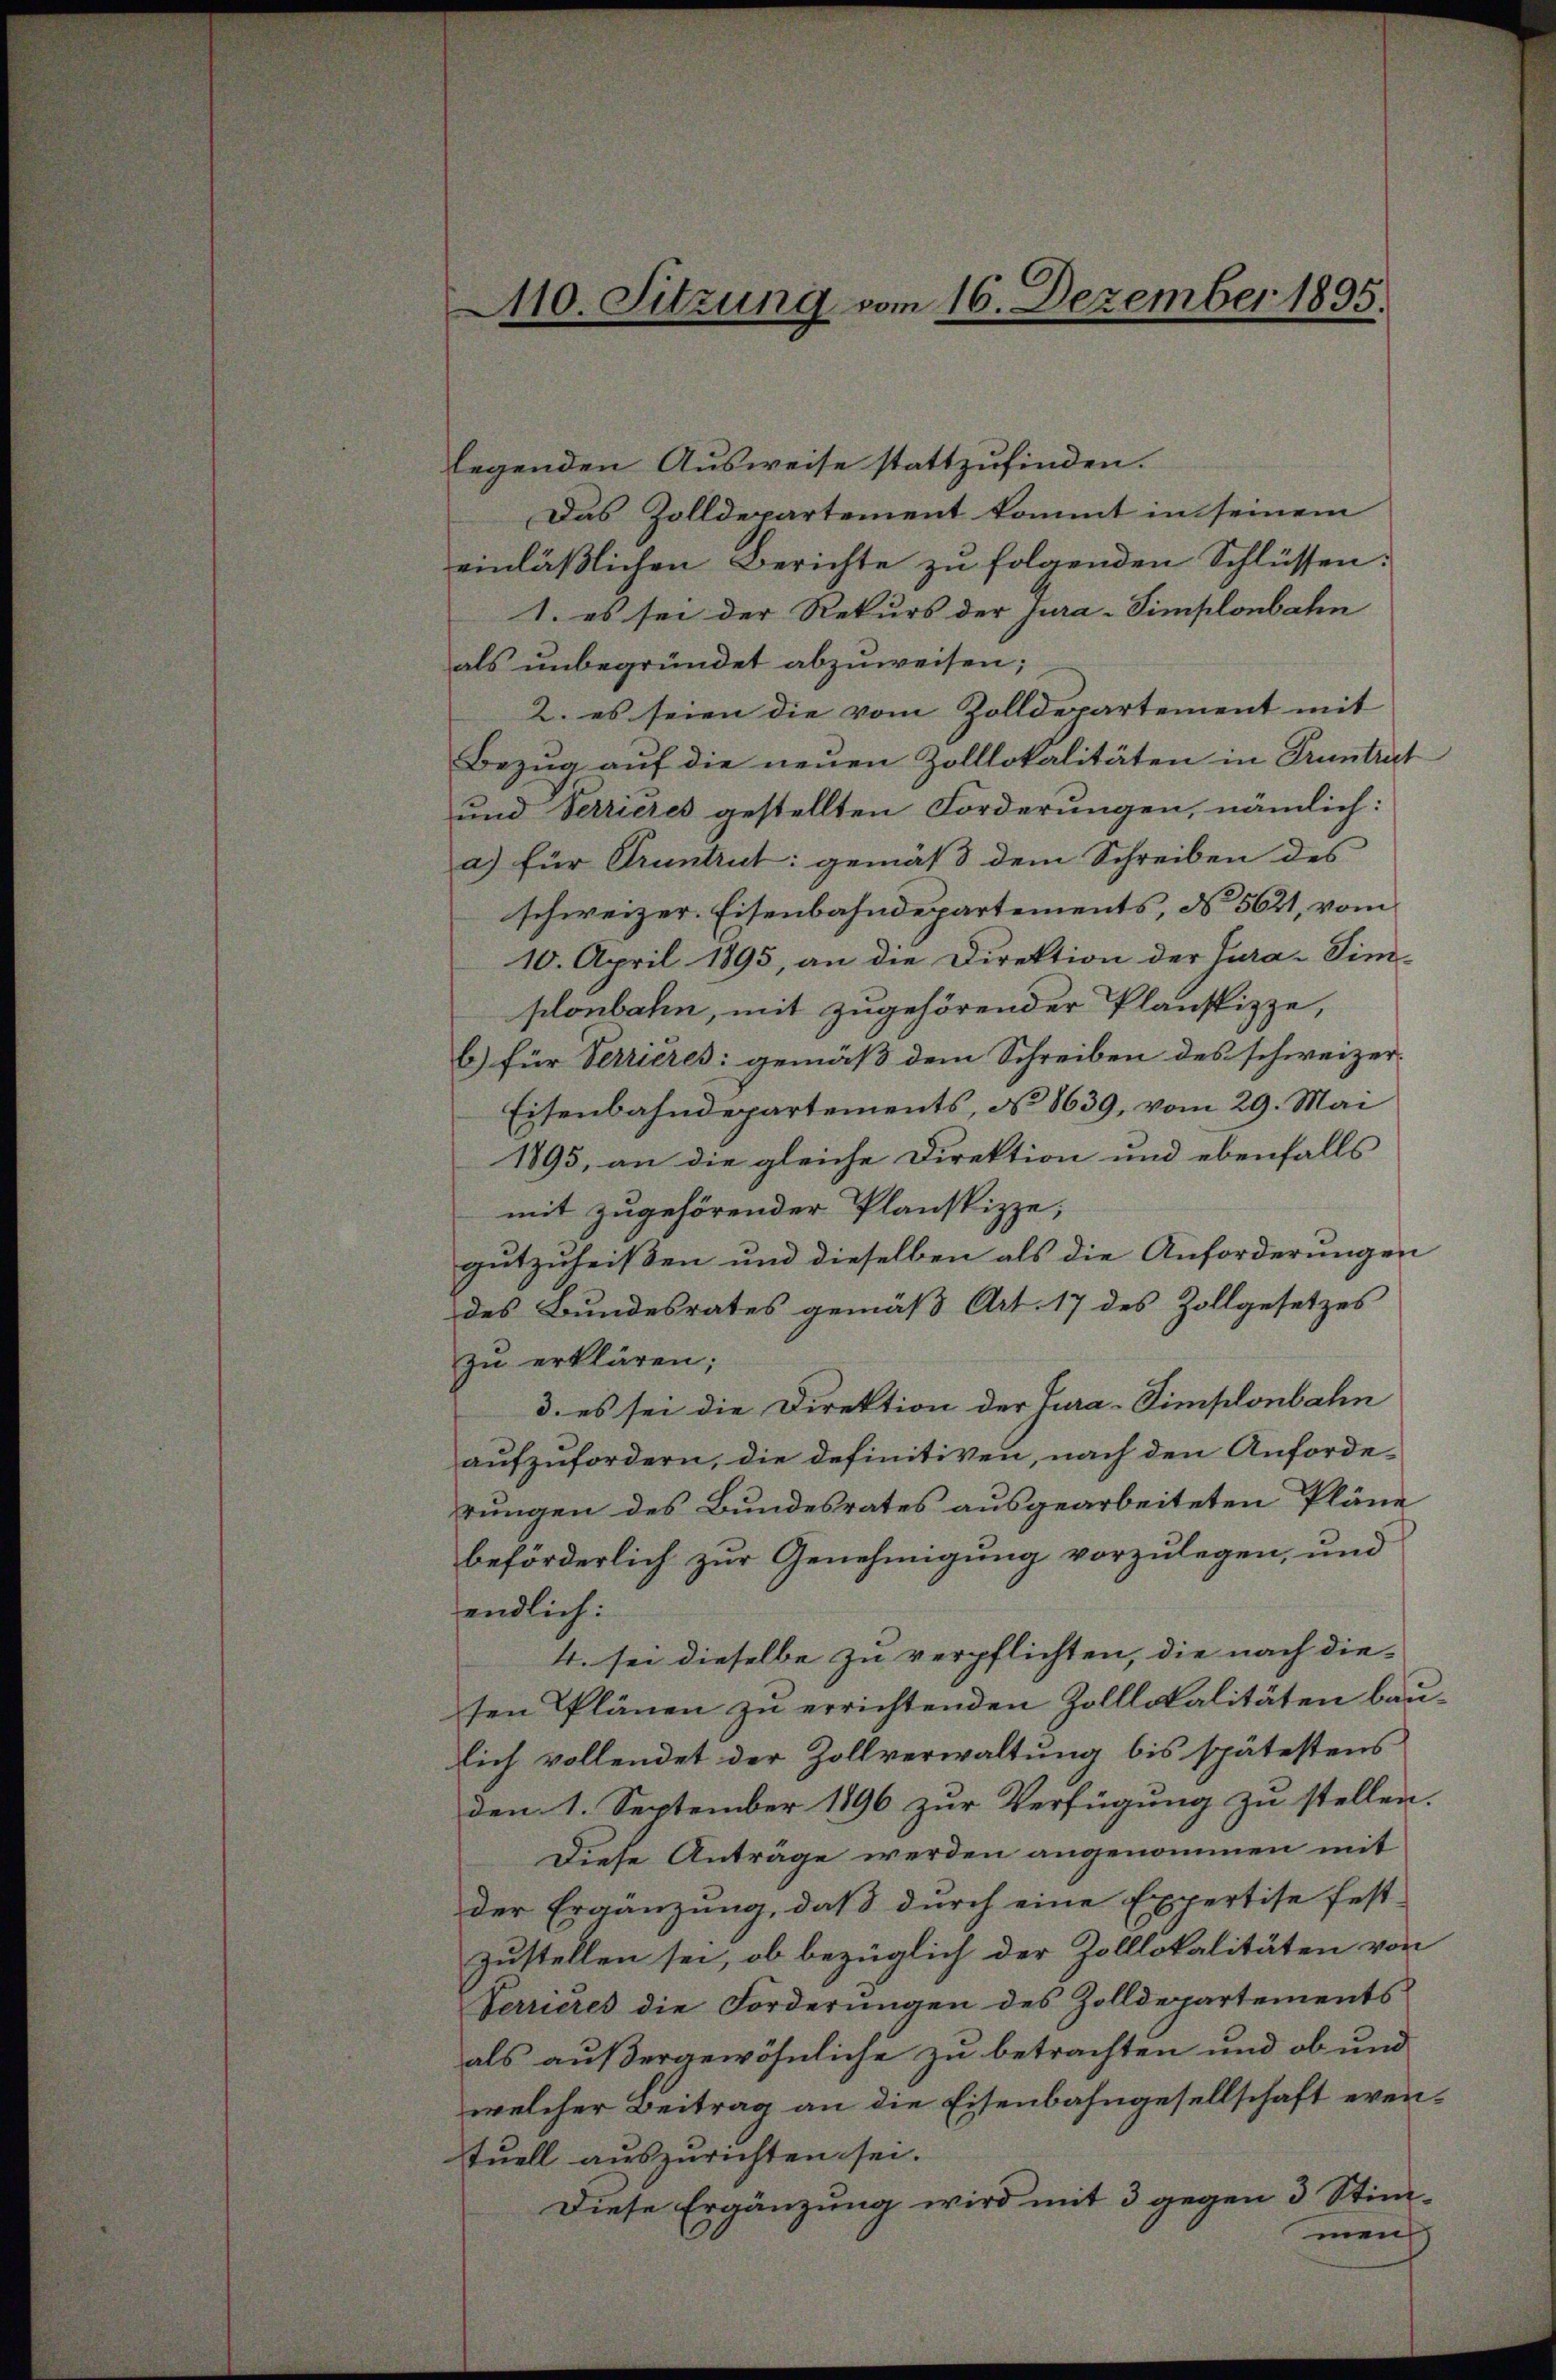
f
f
f
f

110. Sitzung vom 16. Dezember 1895.

legenden Ausweise stattzufinden.
Das Zolldepartement kommt in seinem
einläßlichen Berichte zu folgenden Schlüssen:
1. es sei der Rekurs der jura-Simplonbahn
als unbegründet abzuweisen;
2. es seien die vom Zolldepartement mit
Bezug auf die neuen Zolllokalitäten in Pruntert
und Verrieres gestellten Forderungen, nämlich:
a) für Pruntrut: gemäß dem Schreiben des
schweizer. Eisenbahndepartements, do 5621, vom
10. April 1895, an die Direktion der Jura-Sim-
plonbahn, mit zugehörender Planskizze,
b) für Verrieres gemäß dem Schreiben des schweizer-
Eisenbahndepartements, No 8639, vom 29. Mai
1895, an die gleiche Direktion und ebenfalls
mit zugehörender Planskizze,
gutzuheißen und dieselben als die Anforderungen
des Bundesrates gemäß Art. 17 des Zollgesetzes
zu erklären;
3. es sei die Direktion der Tura-Simplonbahn
aufzufordern, die definitiven, nach den Anforde-
rungen des Bundesrates ausgearbeiteten Pläne
beförderlich zur Genehmigung vorzulegen, und
endlich:
4. sei dieselbe zu verpflichten, die nach die-
sen Plänen zu errichtenden Zolllokalitäten baulich vollendet der Zollverwaltung bis spätestens
den 1. September 1896 zur Verfügung zu stellen.
Diese Antrage werden angenommen mit
der Ergänzung, daß durch eine Expertise fest-
zustellen sei, ob bezüglich der Zolllokalitäten von
Verrieres die Forderungen des Zolldepartements
als außergewöhnliche zu betrachten und ob und
welcher Beitrag an die Eisenbahngesellschaft eventuell auszurichten sei.
Diese Ergänzung wird mit 3 gegen 3 Stim-
meich